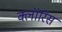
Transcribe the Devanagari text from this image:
क्लॉरिस